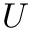
U